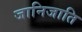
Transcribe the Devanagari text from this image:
जानिजाति